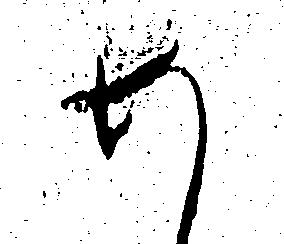
め